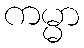
ကမ္မာ